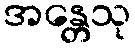
အန္တေသု